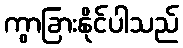
ကွာခြားနိုင်ပါသည်